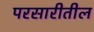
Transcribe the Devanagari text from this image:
परसारीतील